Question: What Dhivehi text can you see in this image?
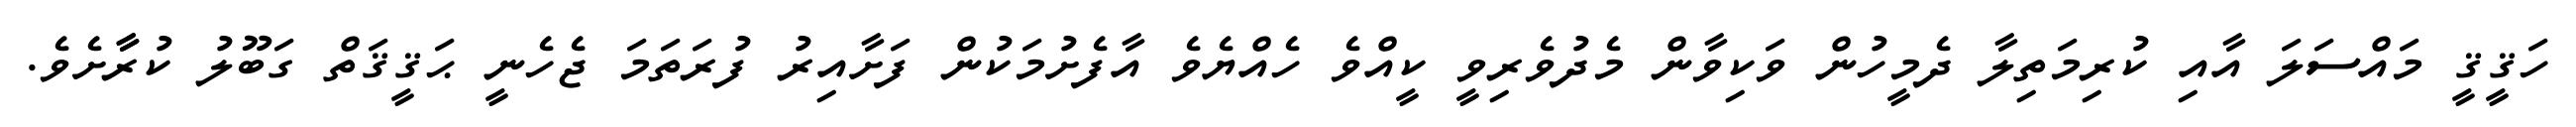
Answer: ހަޤީޤީ މައްސަލަ އާއި ކުރިމަތިލާ ދެމީހުން ވަކިވާން މެދުވެރިވީ ކީއްވެ ހެއްޔެވެ އާފެށުމަކުން ފަށާއިރު ފުރަތަމަ ޖެހެނީ ޙަޤީޤަތް ގަބޫލު ކުރާާށެވެ.